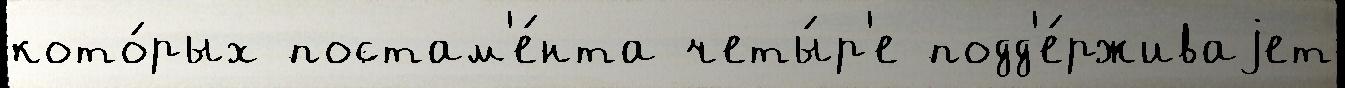
кото́рых постам'е́нта четы́р'е подд'е́рживаjет